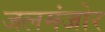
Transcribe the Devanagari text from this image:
जलमंजोर